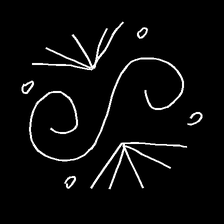
Glyph: aeroform